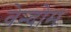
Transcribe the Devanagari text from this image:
वेन्दोम